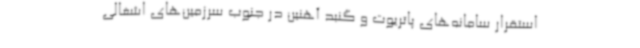
استقرار سامانه‌های پاتریوت و گنبد آهنین در جنوب سرزمین‌های اشغالی